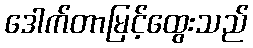
ဒေါက်တာမြင့်ထွေးသည်